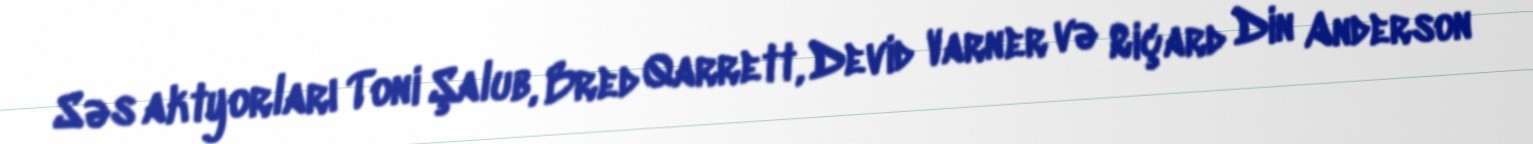
Səs aktyorları Toni Şalub, Bred Qarrett, Devid Varner və Riçard Din Anderson